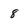
Character: 8